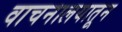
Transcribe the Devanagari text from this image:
वाचनालयातून